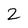
Character: 2